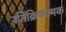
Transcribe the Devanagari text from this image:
रतिक्रियात्मक